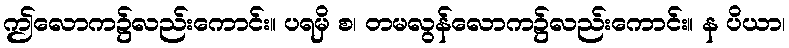
ဤလောက၌လည်းကောင်း။ ပရမှိ စ၊ တမလွန်လောက၌လည်းကောင်း။ န ပိယာ၊